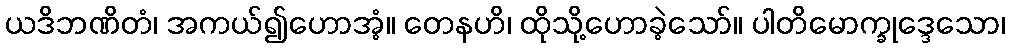
ယဒိဘဏိတံ၊ အကယ်၍ဟောအံ့။ တေနဟိ၊ ထိုသို့ဟောခဲ့သော်။ ပါတိမောက္ခုဒ္ဒေသော၊